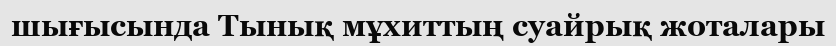
шығысында Тынық мұхиттың суайрық жоталары